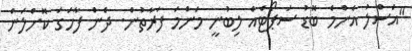
"އަސްލު އެންމެ ބޮޑު ސަޕޯޓެއް ލިބުނީ މަންމަ ފަރާތުން. ދެން ފާހަގަ ކޮށްލަން